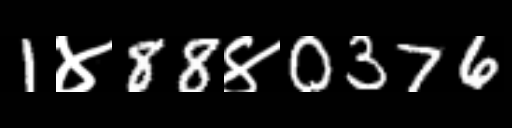
Text: 1४88४0376